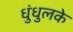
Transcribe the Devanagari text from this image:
धुंधुलके